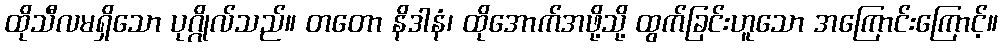
ထိုသီလမရှိသော ပုဂ္ဂိုလ်သည်။ တတော နိဒါနံ၊ ထိုအောက်အဖို့သို့ ထွက်ခြင်းဟူသော အကြောင်းကြောင့်။